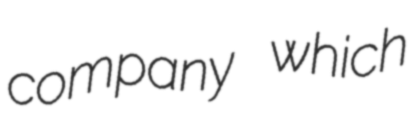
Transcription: company which